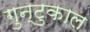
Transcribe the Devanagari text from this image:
गुन्टुकाल